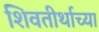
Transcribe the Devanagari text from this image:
शिवतीर्थाच्या